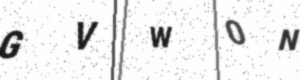
Text: GVW0N